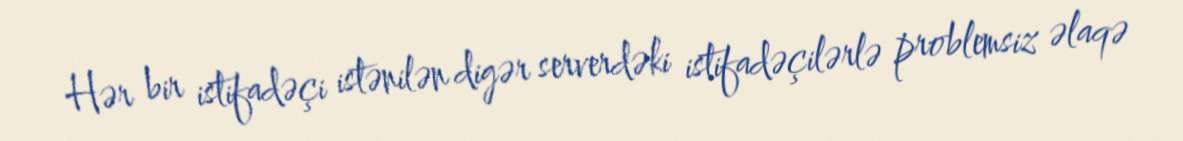
Hər bir istifadəçi istənilən digər serverdəki istifadəçilərlə problemsiz əlaqə